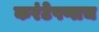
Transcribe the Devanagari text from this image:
करंटेपणाच